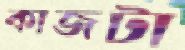
কাজটা